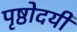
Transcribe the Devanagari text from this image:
पृष्ठोदयी